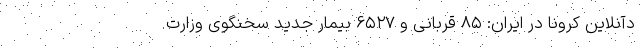
دآنلاین کرونا در ایران: ۸۵ قربانی و ۶۵۲۷ بیمار جدید سخنگوی وزارت